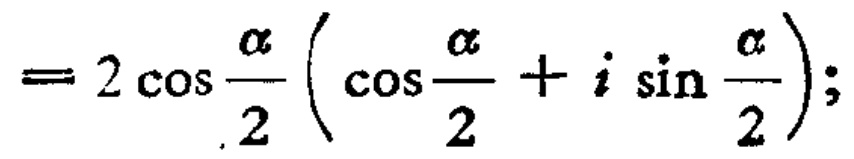
$=2\cos\frac{\alpha}{2}\left(\cos\frac{\alpha}{2}+i\sin\frac{\alpha}{2}\right);$